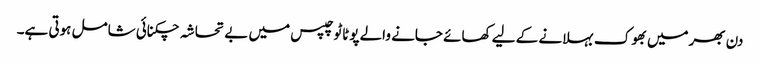
دن بھرمیں بھوک بہلانے کے لیے کھائے جانے والے پوٹاٹو چپس میں بے تحاشہ چکنائی شامل ہوتی ہے۔